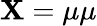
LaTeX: \mathbf{X}=\mu\mu